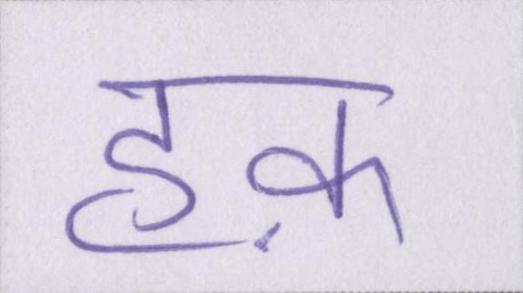
हक़